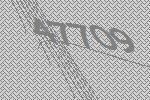
47709